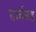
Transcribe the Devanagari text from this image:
दर्जासह